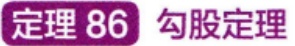
定理 86 勾股定理